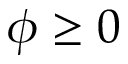
\phi \geq 0